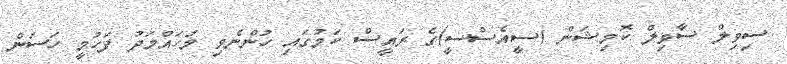
ސިވިލް ސާވިލް ކޮމިޝަން (ސީއެސްސީ)ގެ ރައީސް ކަމުގައި ހުންނެވި މުހައްމަދު ފަހުމީ ހަސަން